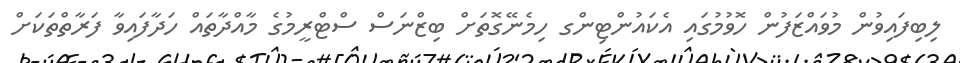
ލިބިފައިވުން މުވައްޒަފުން ހޮވުމުގައި އެކައުންޓިންގ ހިމެނޭގޮތަށް ބިޒްނަސް ސްޓްރީމުގެ މާއްދާތައް ހަދާފައިވާ ފަރާތްތަކަށް